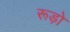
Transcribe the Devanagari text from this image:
रूड़ो